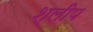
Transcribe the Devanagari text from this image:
श्लीप